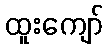
ထူးကျော်